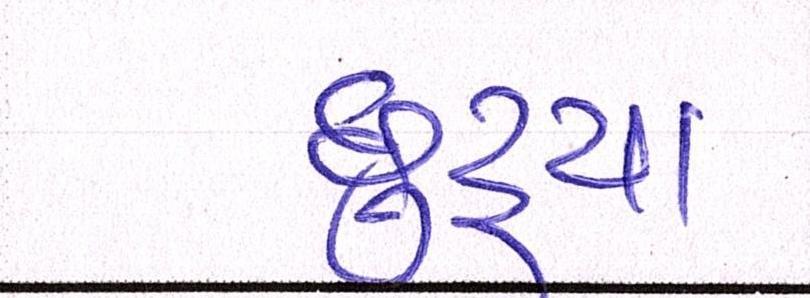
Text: છુટ્યા